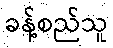
ခန့်စည်သူ